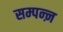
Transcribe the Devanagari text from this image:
सम्पन्ऩ